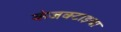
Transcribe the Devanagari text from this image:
कंजक्टाइवा